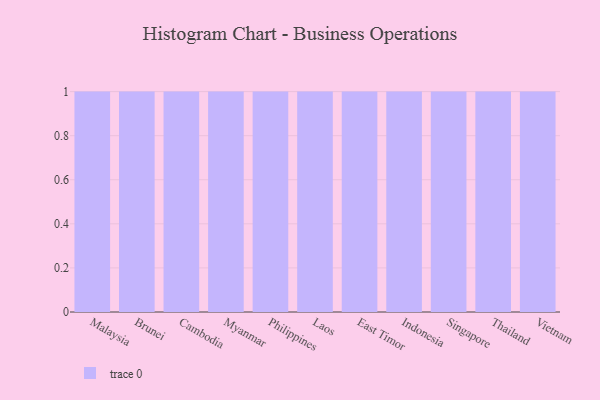
{"axis": {"x": "Country", "y": "Website Visitors"}, "legend": [""], "data": [{"x": "Malaysia", "y": 13, "type": ""}, {"x": "Brunei", "y": 29, "type": ""}, {"x": "Cambodia", "y": 6, "type": ""}, {"x": "Myanmar", "y": 65, "type": ""}, {"x": "Philippines", "y": 18, "type": ""}, {"x": "Laos", "y": 87, "type": ""}, {"x": "East Timor", "y": 94, "type": ""}, {"x": "Indonesia", "y": 25, "type": ""}, {"x": "Singapore", "y": 6, "type": ""}, {"x": "Thailand", "y": 19, "type": ""}, {"x": "Vietnam", "y": 22, "type": ""}]}